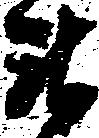
衛